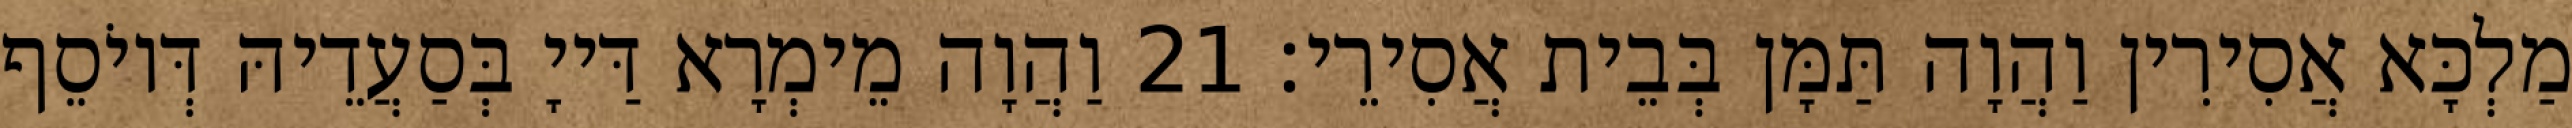
מַלְכָּא אֲסִירִין וַהֲוָה תַּמָּן בְּבֵית אֲסִירֵי׃ 21 וַהֲוָה מֵימְרָא דַּייָ בְּסַעֲדֵיהּ דְּיוֹסֵף